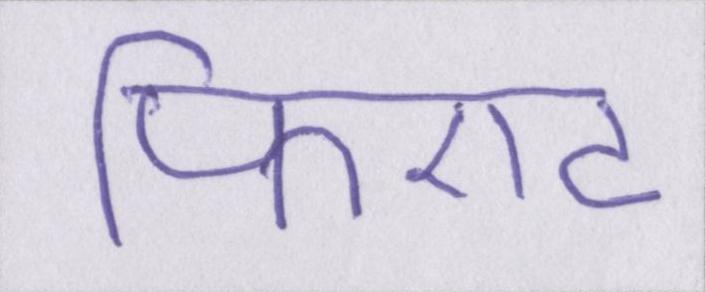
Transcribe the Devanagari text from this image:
फिएट